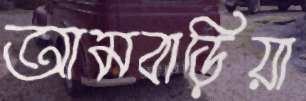
আমবাড়িয়া